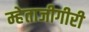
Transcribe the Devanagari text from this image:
म्हेताजीगीरी